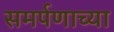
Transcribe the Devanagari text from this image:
समर्पणाच्या